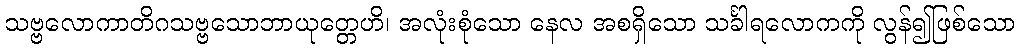
သဗ္ဗလောကာတိဂသဗ္ဗသောဘာယုတ္တေဟိ၊ အလုံးစုံသော နေလ အစရှိသော သင်္ခါရလောကကို လွန်၍ဖြစ်သော